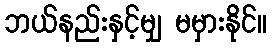
ဘယ်နည်းနှင့်မျှ မမှားနိုင်။